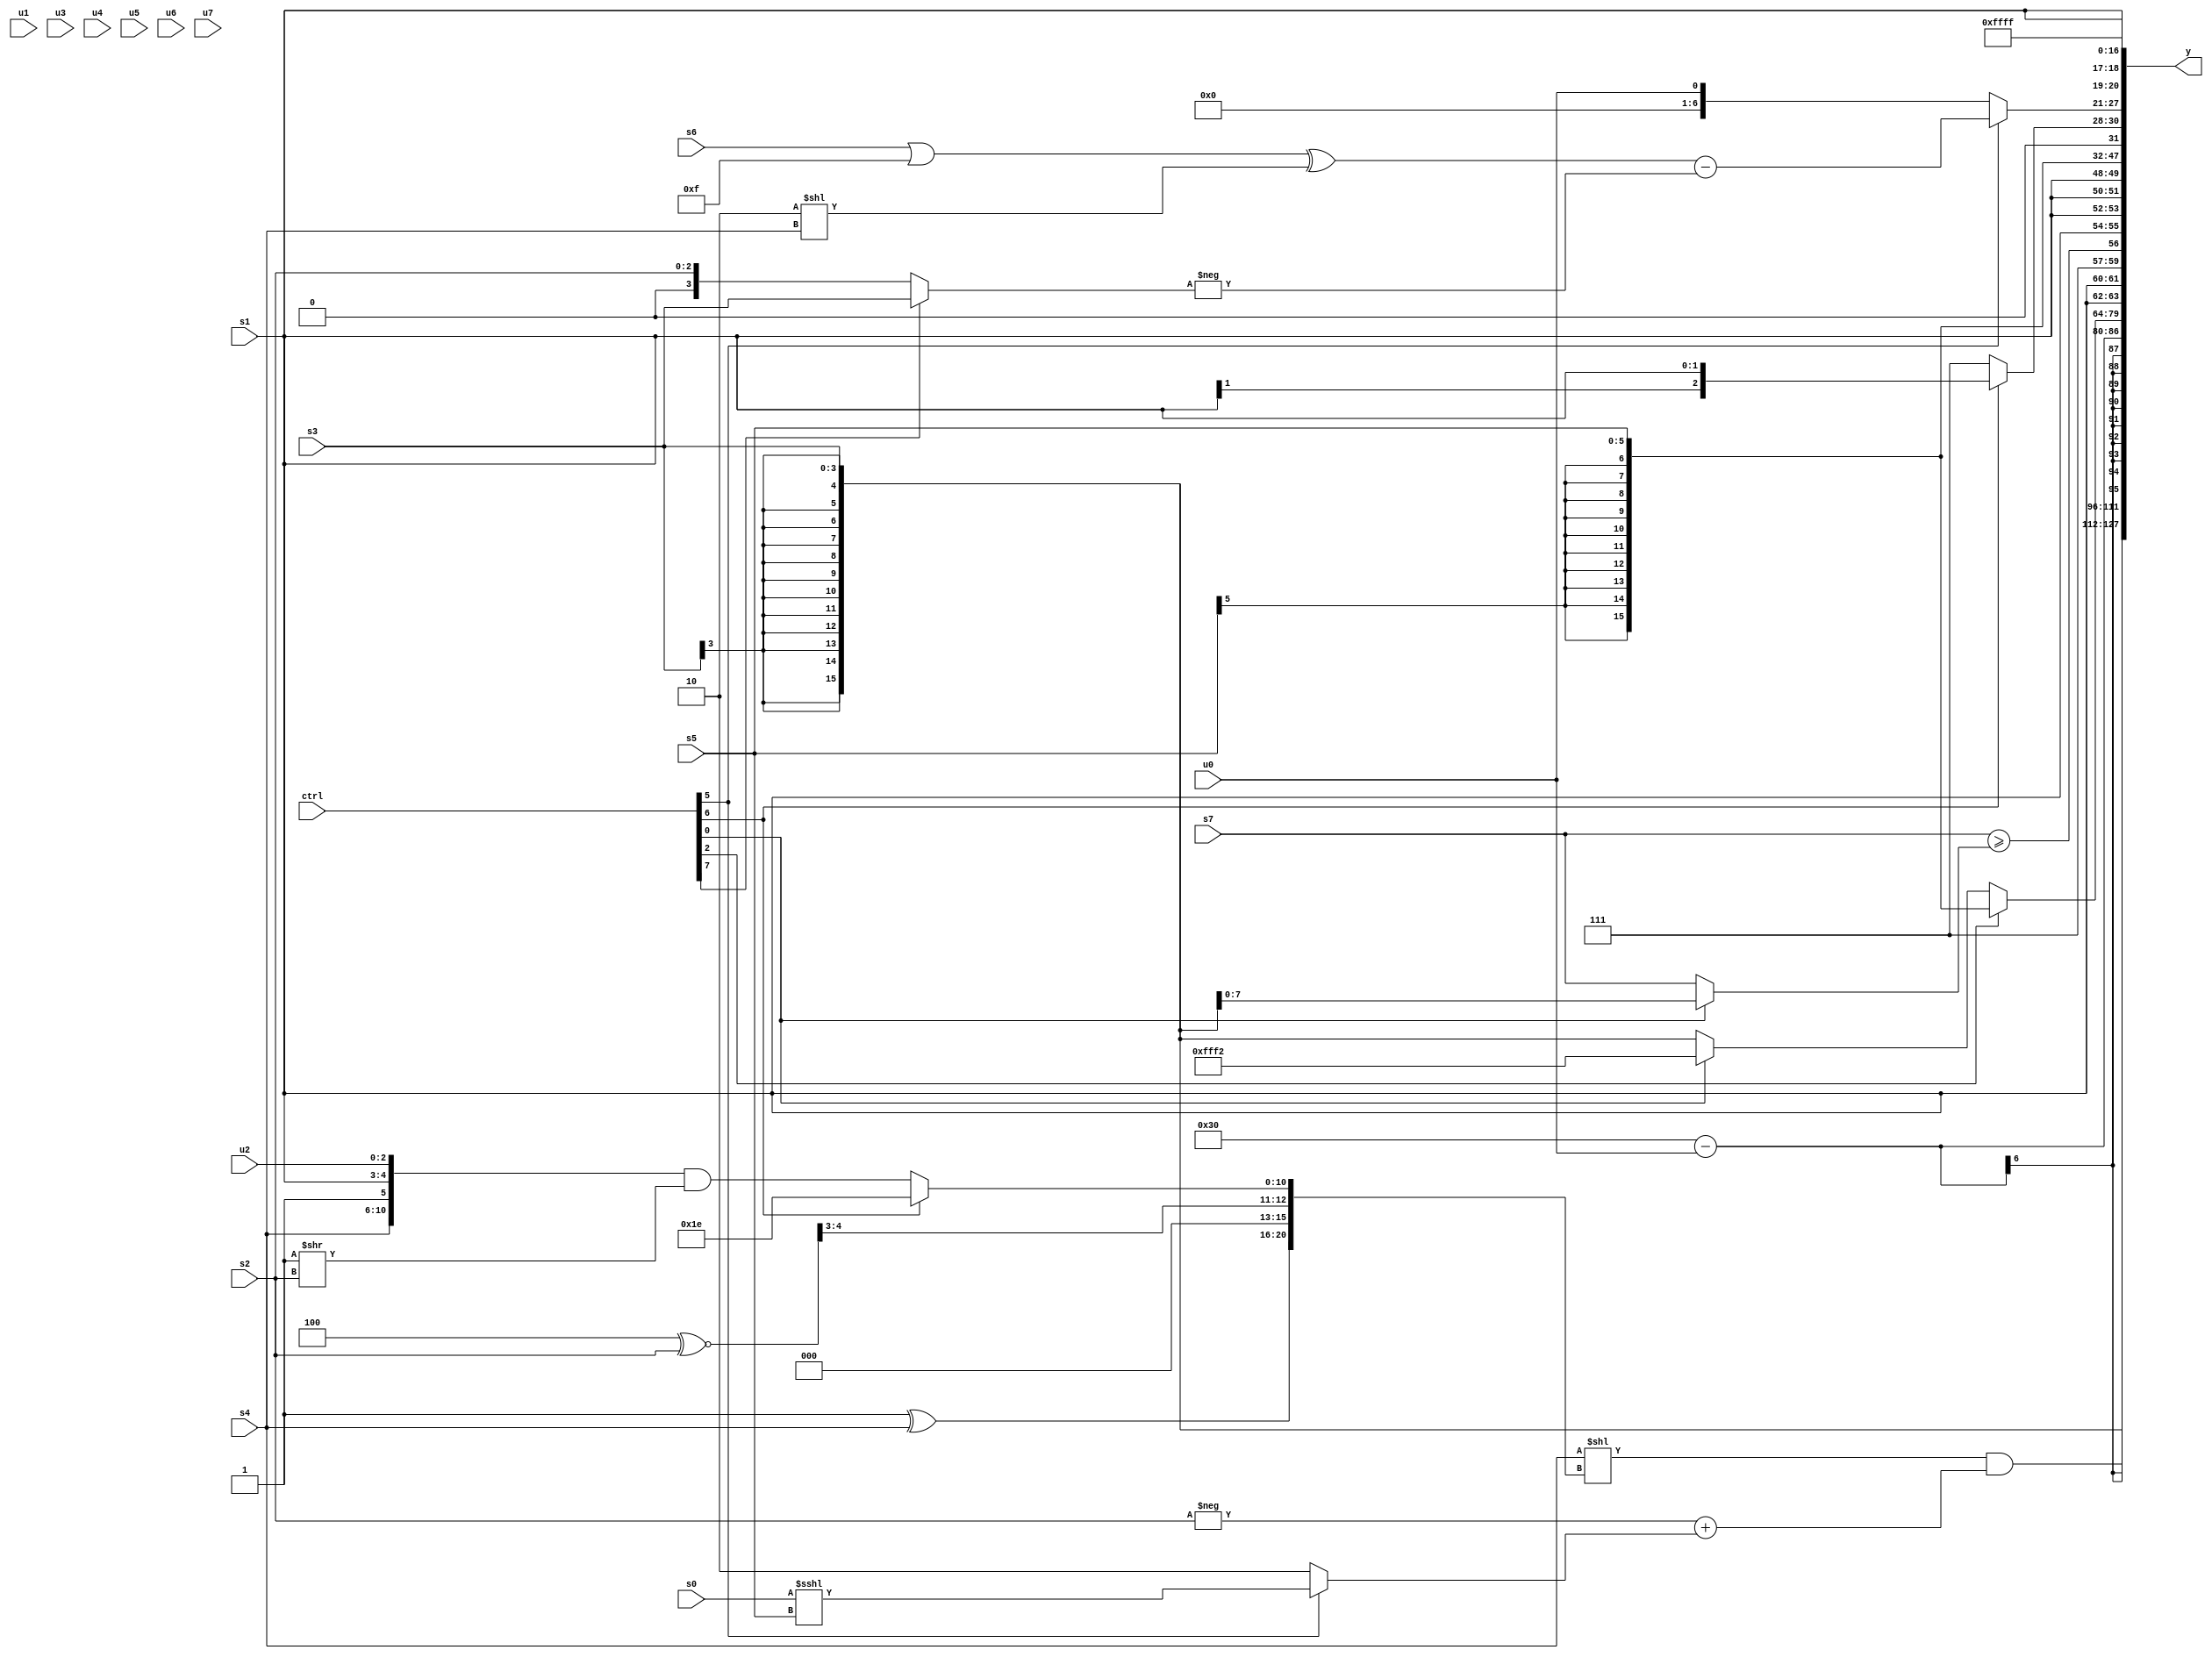
module wideexpr_00320(ctrl, u0, u1, u2, u3, u4, u5, u6, u7, s0, s1, s2, s3, s4, s5, s6, s7, y);
  input [7:0] ctrl;
  input [0:0] u0;
  input [1:0] u1;
  input [2:0] u2;
  input [3:0] u3;
  input [4:0] u4;
  input [5:0] u5;
  input [6:0] u6;
  input [7:0] u7;
  input signed [0:0] s0;
  input signed [1:0] s1;
  input signed [2:0] s2;
  input signed [3:0] s3;
  input signed [4:0] s4;
  input signed [5:0] s5;
  input signed [6:0] s6;
  input signed [7:0] s7;
  output [127:0] y;
  wire [15:0] y0;
  wire [15:0] y1;
  wire [15:0] y2;
  wire [15:0] y3;
  wire [15:0] y4;
  wire [15:0] y5;
  wire [15:0] y6;
  wire [15:0] y7;
  assign y = {y0,y1,y2,y3,y4,y5,y6,y7};
  assign y0 = s3;
  assign y1 = ((s4)<<({(1'sb1)^(s4),((+(5'b00100))^~($signed(s2)))>>({3'sb011}),(ctrl[6]?5'sb11110:({s4,1'sb1,s1,u2})&((3'sb001)>>(s2)))}))&((-(s2))+(+($unsigned((ctrl[5]?(s0)<<<(s5):+(2'sb10))))));
  assign y2 = ({6'sb110000})-(u0);
  assign y3 = (ctrl[2]?s5:(ctrl[0]?$signed(6'b110010):+(s3)));
  assign y4 = $signed({4{{3'sb111,(s7)>=((ctrl[0]?s3:s7)),{4{s1}}}}});
  assign y5 = s5;
  assign y6 = {2{{$signed(+($unsigned((ctrl[6]?s1:((ctrl[6]?+(3'sb010):$signed(1'sb1)))>>>(~(1'sb1)))))),$signed($signed($unsigned((ctrl[5]?(((s6)|(4'b1111))^((2'sb10)<<(s4)))-(-((ctrl[7]?s3:s2))):u0)))),{2{+(s1)}},(({3{($unsigned((ctrl[6]?(3'sb100)<<(2'sb01):s1)))<<((ctrl[3]?2'sb01:{(ctrl[1]?5'sb10010:s1),+(s0),(ctrl[0]?1'sb1:1'sb0),{1'sb1}}))}})>(5'b10010))>>>({2{5'sb10000}})}}};
  assign y7 = 1'sb1;
endmodule